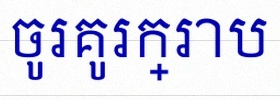
ចូរគូរក្រាប